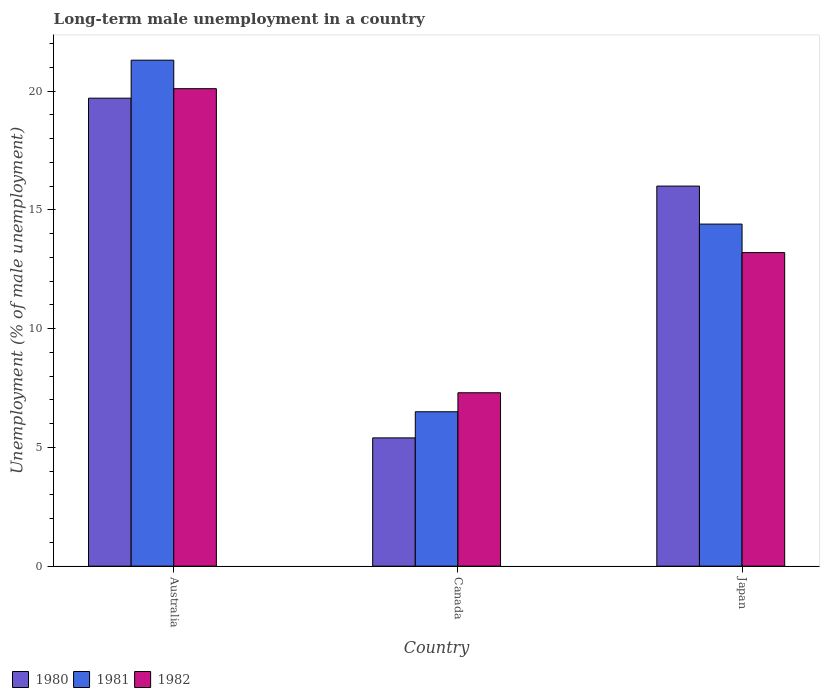
| Country | 1980 | 1981 | 1982 |
 | --- | --- | --- | --- |
 | Australia | 19.7 | 21.3 | 20.1 |
 | Canada | 5.4 | 6.5 | 7.3 |
 | Japan | 16 | 14.4 | 13.2 |